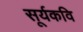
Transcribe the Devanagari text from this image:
सूर्यकवि